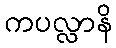
ကပလ္လာနိ